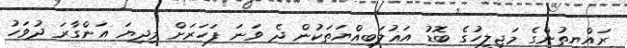
ރައްޔިތުންގެ މަޖިލީހުގެ ބޮޑު އަޣުލަބިއްޔަތަކުން ދެ ވަނަ ފަހަރަށް މިދިޔަ އަންގާރަ ދުވަހު